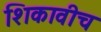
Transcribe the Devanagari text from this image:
शिकावीच